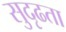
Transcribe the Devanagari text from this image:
सुदृढता